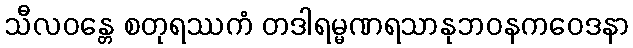
သီလဝန္တေ စတုရဿကံ တဒါရမ္မဏရသာနုဘဝနကဝေဒနာ